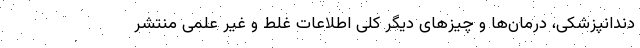
دندانپزشکی، درمان‌ها و چیزهای دیگر کلی اطلاعات غلط و غیر علمی منتشر